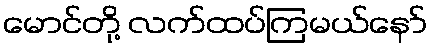
မောင်တို့ လက်ထပ်ကြမယ်နော်